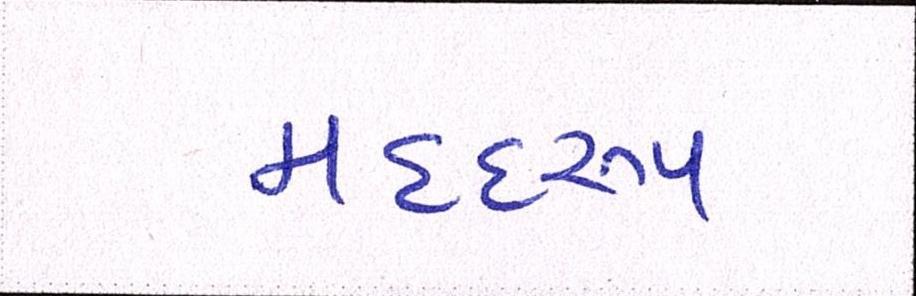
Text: મદદરુપ